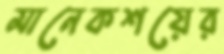
মানেকশয়ের